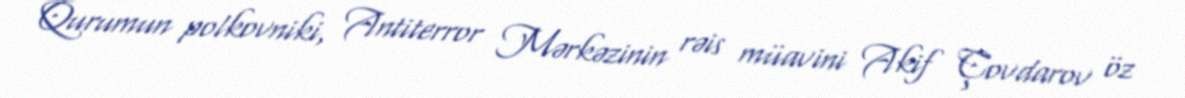
Qurumun polkovniki, Antiterror Mərkəzinin rəis müavini Akif Çovdarov öz